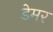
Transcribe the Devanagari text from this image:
डेमर